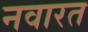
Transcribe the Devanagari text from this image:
नवारत